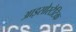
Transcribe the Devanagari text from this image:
आइसोस्टैटिक